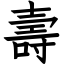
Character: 壽